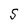
Character: S